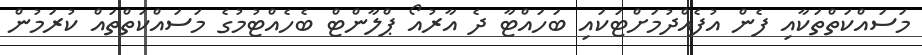
މަސައްކަތްތަކާއި ފެން އުފެއްދުމަށްޓަކައި ބަހައްޓާ ދެ އާރުއޯ ޕްލާންޓް ބެހެއްޓުމުގެ މަސައްކަތްތައް ކުރަމުން